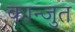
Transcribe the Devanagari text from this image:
कान्जुत